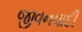
જીવનવાદી